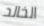
الخالد